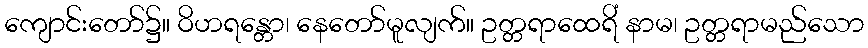
ကျောင်းတော်၌။ ဝိဟရန္တော၊ နေတော်မူလျက်။ ဥတ္တရာထေရိံ နာမ၊ ဥတ္တရာမည်သော